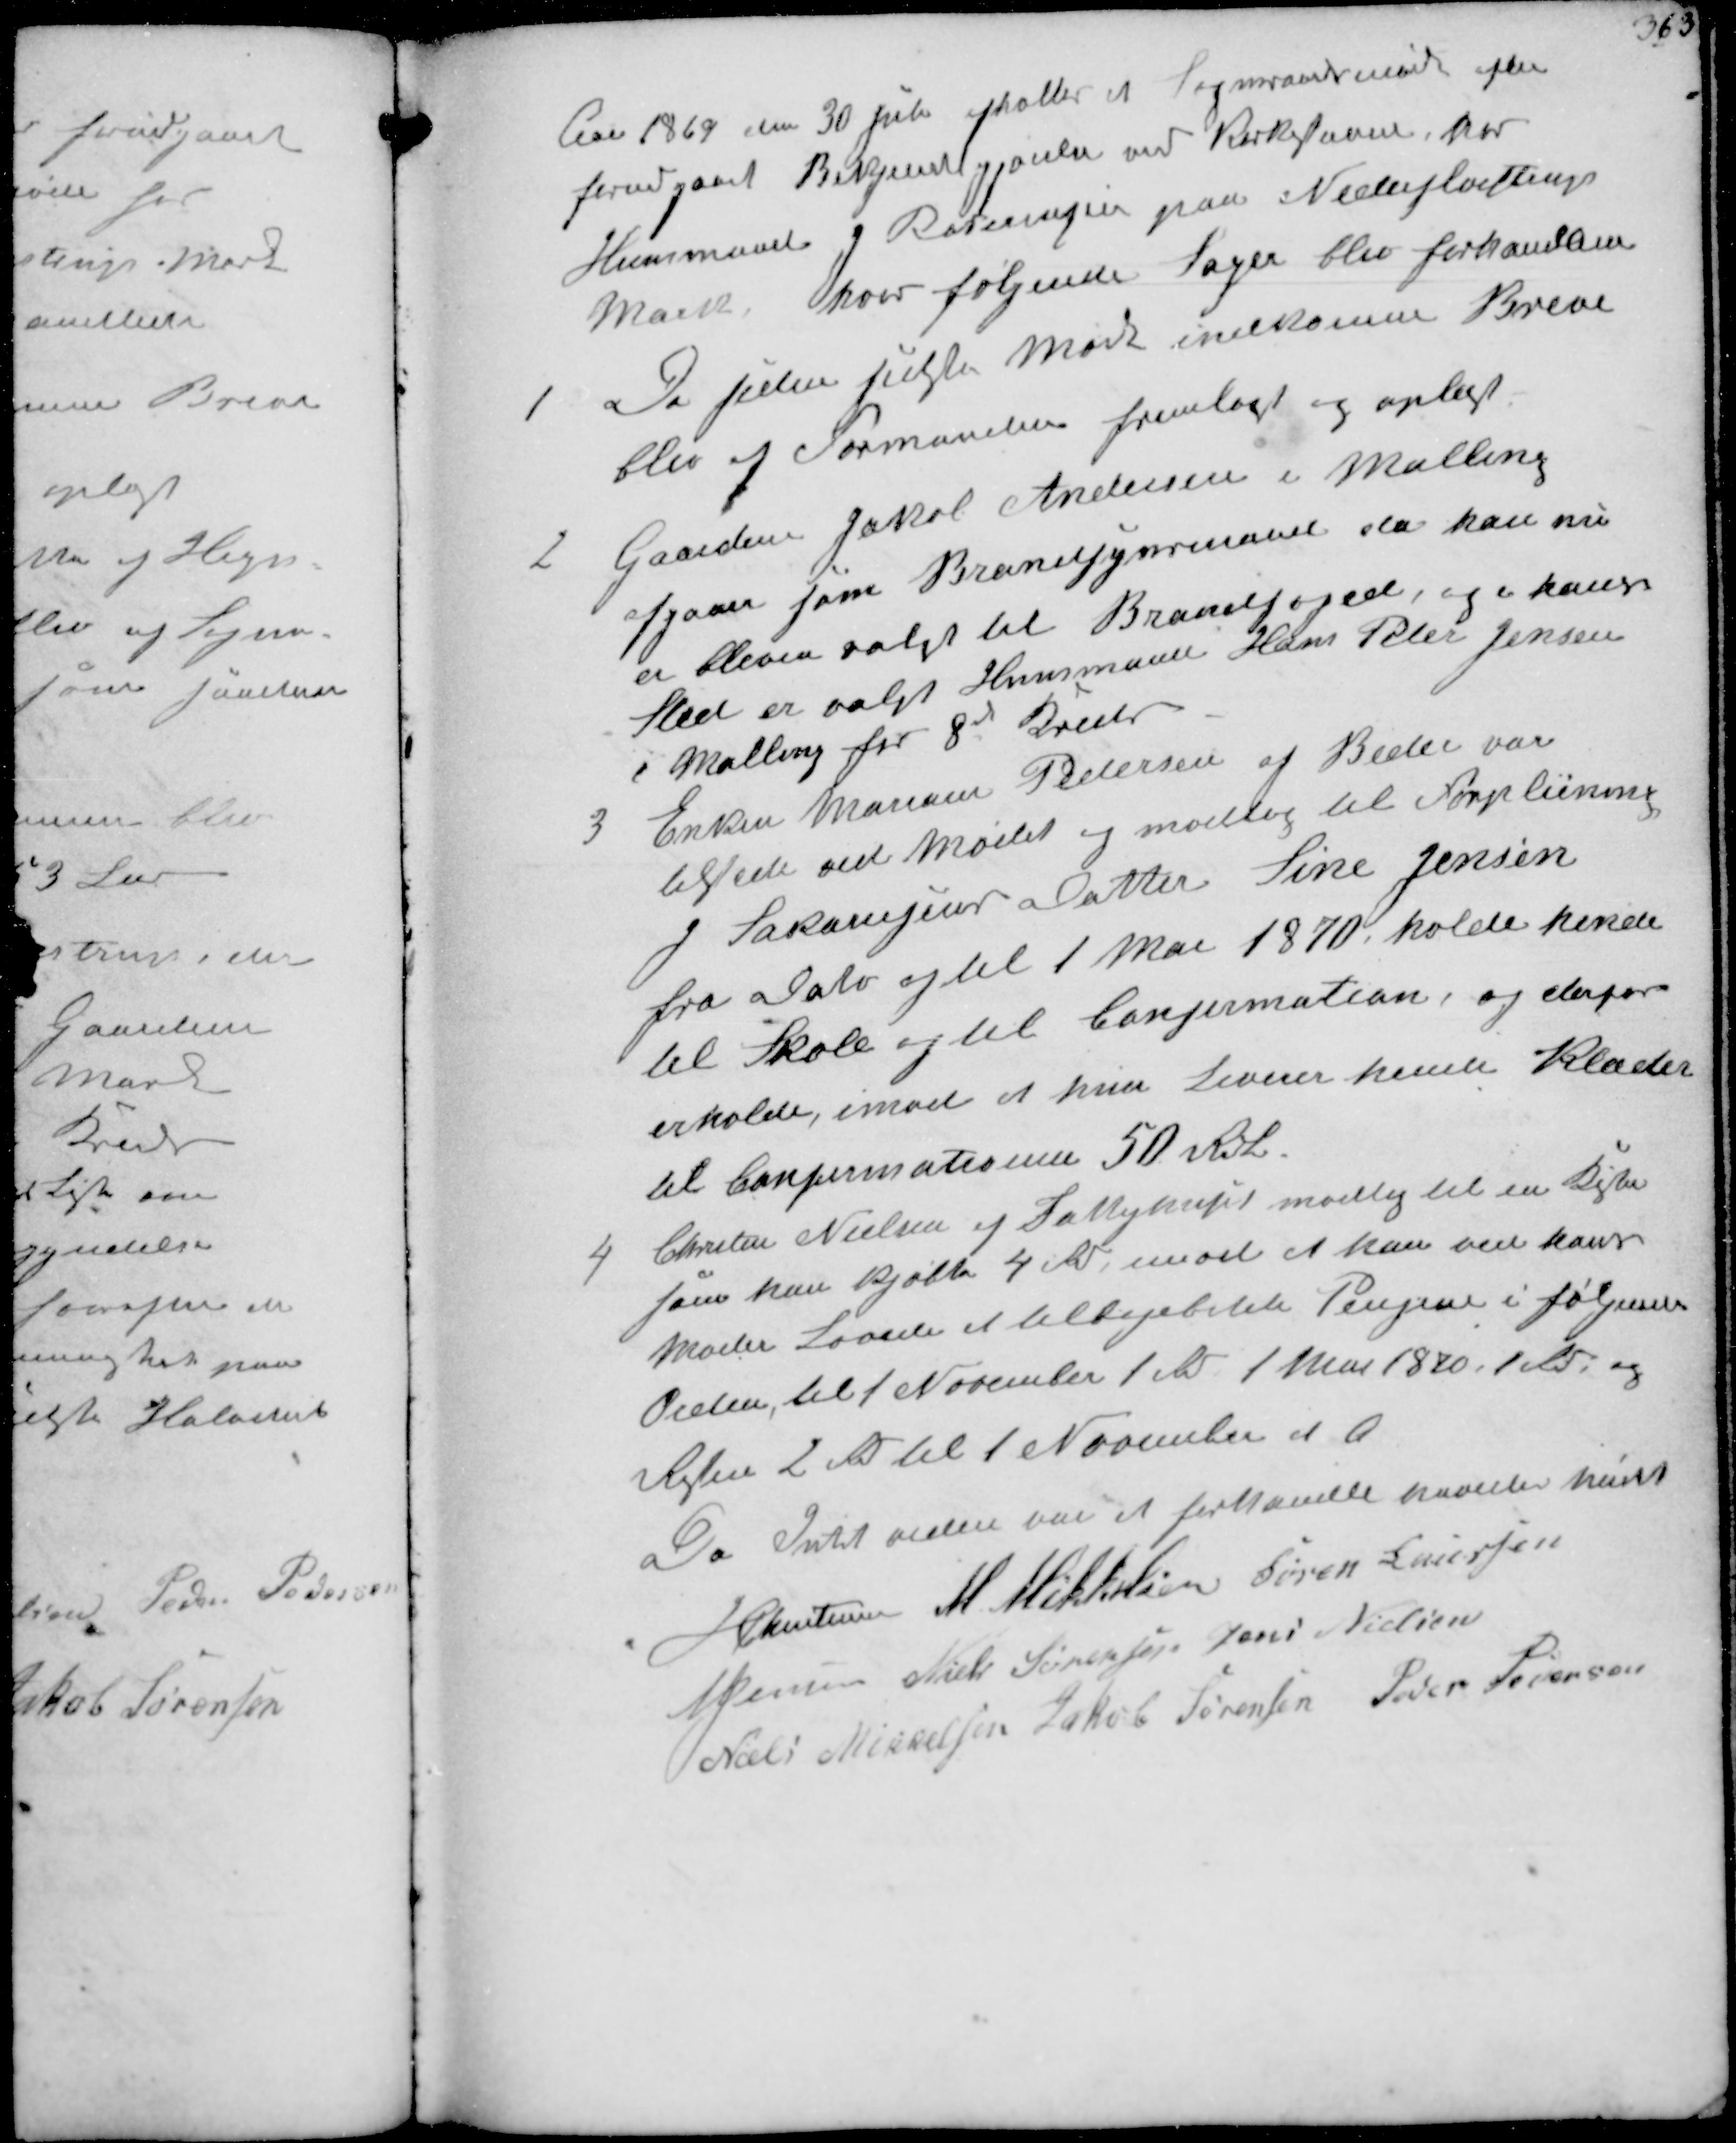
Transskription:
Aar 1869 den 30 Juli afholtes et Sogneraadsmøde efter
forudgaaet Bekjendtgjørelse ved Kirkestævne, hos
Huusmand J Rasmussen paa Nederfløjstrup
Mark, hvor følgende Sager blev forhandlede

1
De Siden sidste Møde indkomne Breve
blev af Formanden fremlagt og oplæst.

2
Gaardeier Jakob Andersen i Malling
afgaar som Brandsynsmand da han nu
er bleven valgt til Brandfoged, og i hans
Sted er valgt Husmand Hans Peter Jensen
i Malling for 8de Kreds

3
Enken Maren Pedersen af Beder var
tilstede ved Mødet og modtog til Forpleining
J Sakariesens Datter Sine Jensen
fra Dato og til 1 Mai 1870, holde hensen
til Skole og til Confirmation og derfor
erholde, imod at hun leverer hende Klæder
til Confirmationen 50 Rdl.

4
Christen Nielsen af Fattighuset modtog til en Kiste
som han kjøbte 4 Rd, imod at han ved hans
Moder lovede at tilbagebetale Pengene i følgende
Tider til 1 November 1 Rd 1 Mai 1870, 1 Rd. og
Resten 2 Rd til 1 November d.A.
Da Intet videre var at forhandle hævedes Mødet
J Christensen M Mikkelsen Søren Laursen
N Jensen Niels Sørensen Jens Nielsen
Niels Mikkelsen Jakob Sørensen Peder Pedersen